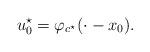
LaTeX: \begin{align*}u_0^\star=\varphi_{c^\star}(\cdot-x_0).\end{align*}